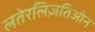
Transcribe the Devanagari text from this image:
लतेरलिज़तिओन